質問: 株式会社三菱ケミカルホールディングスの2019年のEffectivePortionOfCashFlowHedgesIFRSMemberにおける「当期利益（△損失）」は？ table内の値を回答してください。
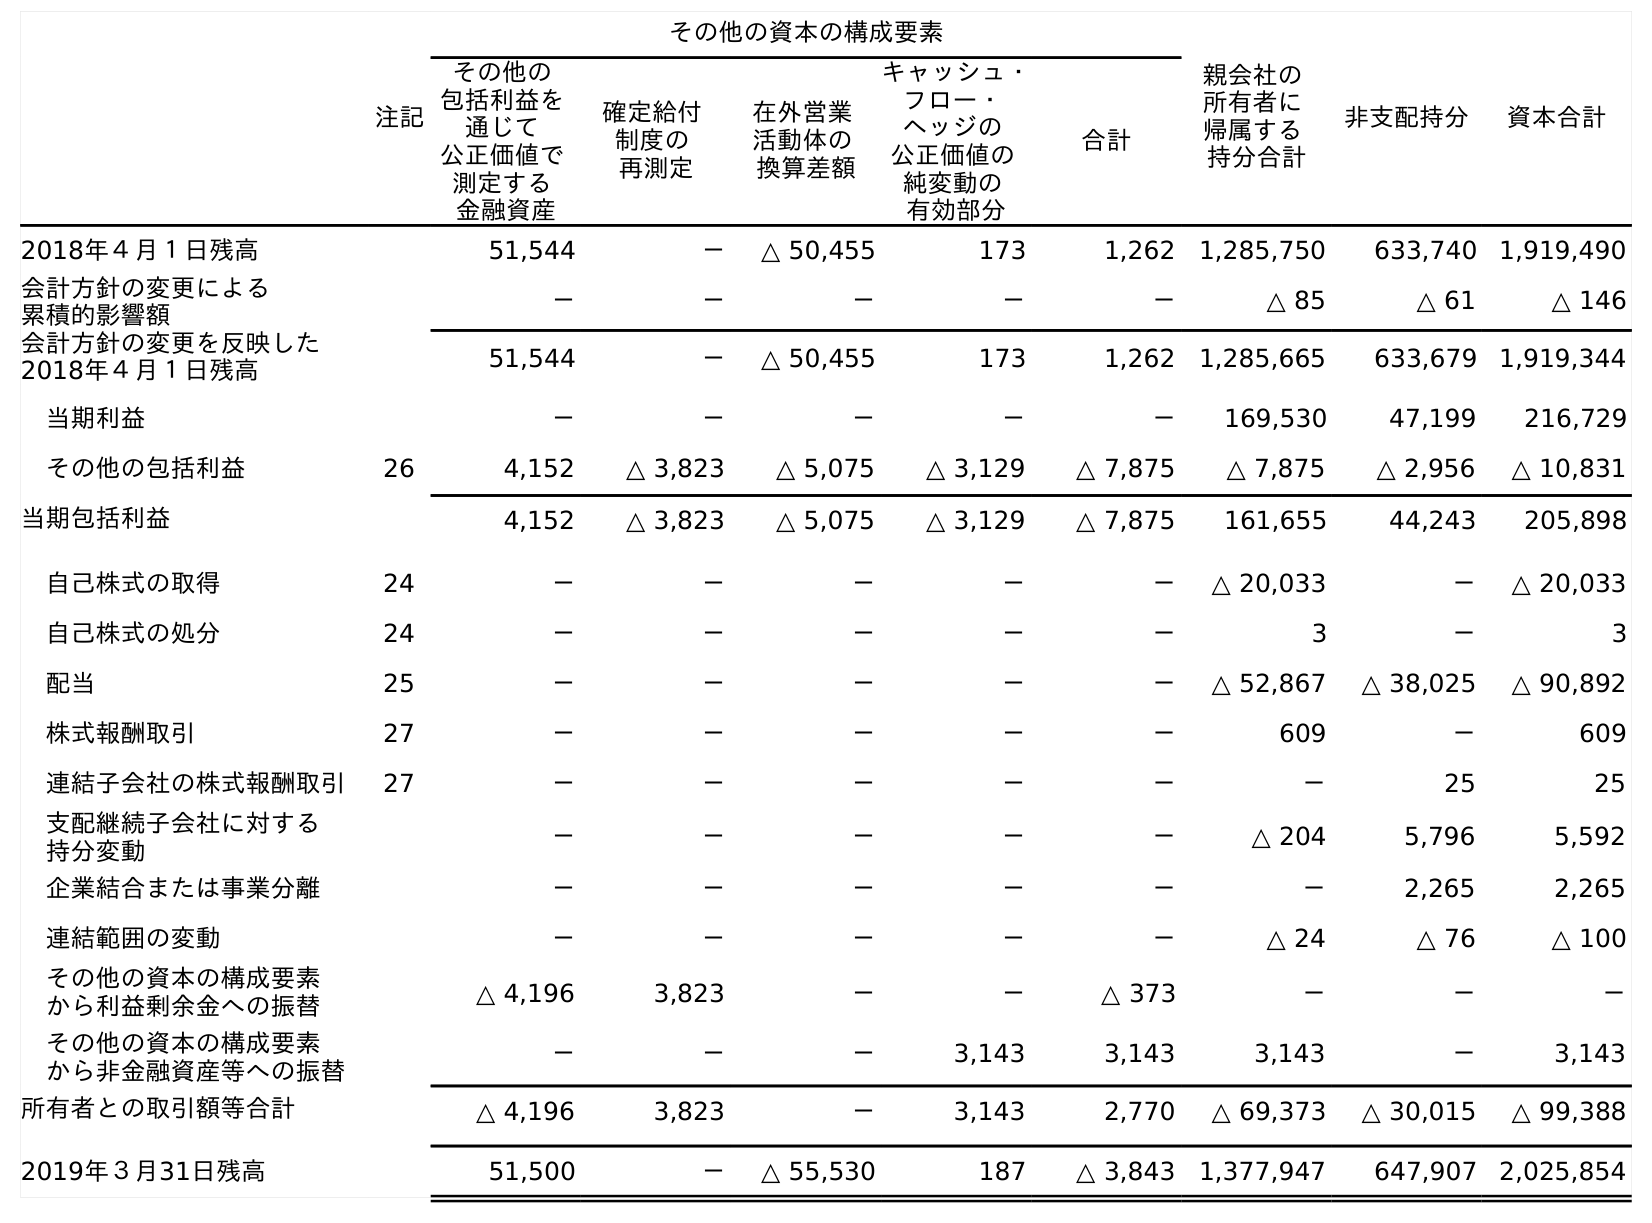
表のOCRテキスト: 注記 その他の資本の構成要素 親会社の 所有者に 帰属する 持分合計 非支配持分 資本合計 その他の 包括利益を 通じて 公正価値で 測定する 金融資産 確定給付 制度の 再測定 在外営業 活動体の 換算差額 キャッシュ・ フロー・ ヘッジの 公正価値の 純変動の 有効部分 合計 2018年４月１日残高 51,544 － △ 50,455 173 1,262 1,285,750 633,740 1,919,490 会計方針の変更による 累積的影響額 － － － － － △ 85 △ 61 △ 146 会計方針の変更を反映した 2018年４月１日残高 51,544 － △ 50,455 173 1,262 1,285,665 633,679 1,919,344 当期利益 － － － － － 169,530 47,199 216,729 その他の包括利益 26 4,152 △ 3,823 △ 5,075 △ 3,129 △ 7,875 △ 7,875 △ 2,956 △ 10,831 当期包括利益 4,152 △ 3,823 △ 5,075 △ 3,129 △ 7,875 161,655 44,243 205,898 自己株式の取得 24 － － － － － △ 20,033 － △ 20,033 自己株式の処分 24 － － － － － 3 － 3 配当 25 － － － － － △ 52,867 △ 38,025 △ 90,892 株式報酬取引 27 － － － － － 609 － 609 連結子会社の株式報酬取引 27 － － － － － － 25 25 支配継続子会社に対する 持分変動 － － － － － △ 204 5,796 5,592 企業結合または事業分離 － － － － － － 2,265 2,265 連結範囲の変動 － － － － － △ 24 △ 76 △ 100 その他の資本の構成要素 から利益剰余金への振替 △ 4,196 3,823 － － △ 373 － － － その他の資本の構成要素 から非金融資産等への振替 － － － 3,143 3,143 3,143 － 3,143 所有者との取引額等合計 △ 4,196 3,823 － 3,143 2,770 △ 69,373 △ 30,015 △ 99,388 2019年３月31日残高 51,500 － △ 55,530 187 △ 3,843 1,377,947 647,907 2,025,854
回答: －